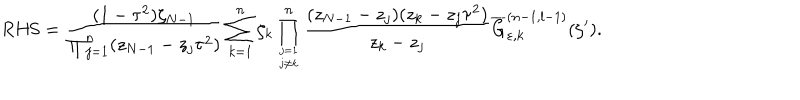
\mathrm { R H S } = \displaystyle \frac { ( 1 - \tau ^ { 2 } ) \zeta _ { N - 1 } } { \prod _ { j = 1 } ^ { n } ( z _ { N - 1 } - z _ { j } \tau ^ { 2 } ) } \sum _ { k = 1 } ^ { n } \zeta _ { k } \displaystyle \prod _ { j = 1 \atop j \neq k } ^ { n } \frac { ( z _ { N - 1 } - z _ { j } ) ( z _ { k } - z _ { j } \tau ^ { 2 } ) } { z _ { k } - z _ { j } } \displaystyle \overline { { { G } } } _ { \varepsilon , k } ^ { ( n - 1 , l - 1 ) } ( \zeta ^ { \prime } ) .